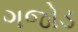
ગજોડ